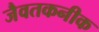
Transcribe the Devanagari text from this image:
जैवतकनीक